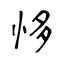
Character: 恀